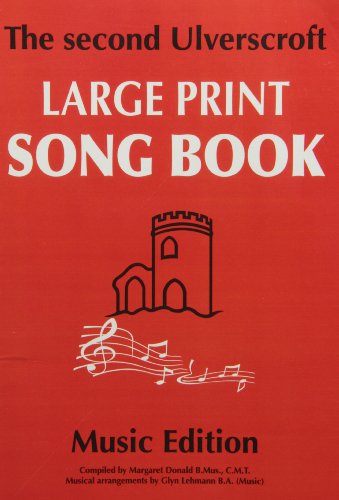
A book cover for The Second Ulverscroft Large Print Songbook: Music Edition; Ulverscroft; Christian Books & Bibles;